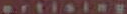
ertising